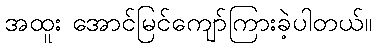
အထူး အောင်မြင်ကျော်ကြားခဲ့ပါတယ်။